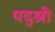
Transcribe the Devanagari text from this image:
पद्श्री